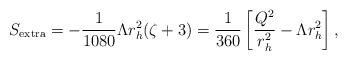
\begin{align*}S_{{\rm {extra}}} = -\frac {1}{1080} \Lambda r_{h}^{2}(\zeta +3) =\frac {1}{360} \left[ \frac {Q^{2}}{r_{h}^{2}}-\Lambda r_{h}^{2} \right],\end{align*}